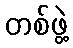
တစ်ဖွဲ့